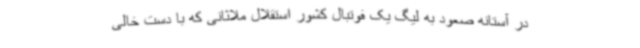
در آستانه صعود به لیگ یک فوتبال کشور استقلال ملاثانی که با دست خالی